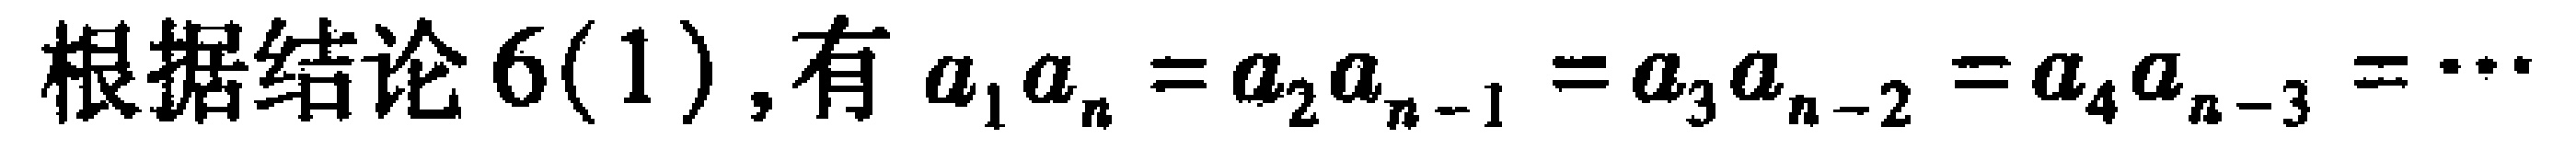
根据结论6(1), 有 \(a_{1}a_{n}=a_{2}a_{n - 1}=a_{3}a_{n - 2}=a_{4}a_{n - 3}=\cdots\)